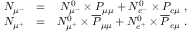
\begin{array} { r l r } { N _ { \mu ^ { - } } } & { = } & { N _ { \mu ^ { - } } ^ { 0 } \times P _ { \mu \mu } + N _ { e ^ { - } } ^ { 0 } \times P _ { e \mu } ~ , } \\ { N _ { \mu ^ { + } } } & { = } & { N _ { \mu ^ { + } } ^ { 0 } \times \overline { { P } } _ { \mu \mu } + N _ { e ^ { + } } ^ { 0 } \times \overline { { P } } _ { e \mu } ~ . } \end{array}